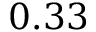
0 . 3 3